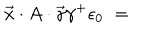
LaTeX: \vec { x } \cdot A \cdot \vec { \gamma } \gamma ^ { + } \epsilon _ { 0 } \; = \;